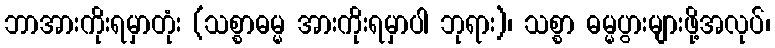
ဘာအားကိုးရမှာတုံး (သစ္စာဓမ္မ အားကိုးရမှာပါ ဘုရား)၊ သစ္စာ ဓမ္မပွားများဖို့အလုပ်၊